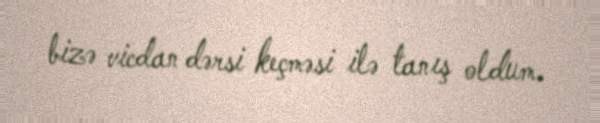
bizə vicdan dərsi keçməsi ilə tanış oldum.